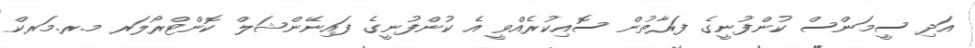
އަދި ސީމަންސް ކުންފުނީގެ ފަރާތުން ސޮއިކުރެއްވީ އެ ކުންފުނީގެ ފައިނޭންޝަލް ކޮންޓްރޯލަރ މ.ރ.މަރކް